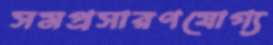
সমপ্রসারণযোগ্য